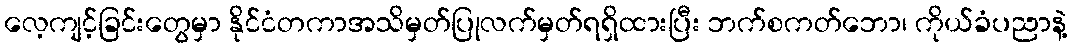
လေ့ကျင့်ခြင်းတွေမှာ နိုင်ငံတကာအသိမှတ်ပြုလက်မှတ်ရရှိထားပြီး ဘက်စကတ်ဘော၊ ကိုယ်ခံပညာနဲ့